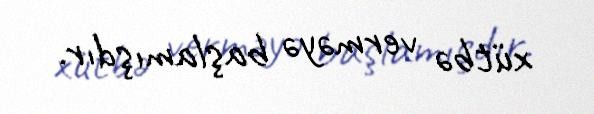
xütbə verməyə başlamışdır.